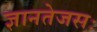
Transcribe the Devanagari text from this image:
ज्ञानतेजसः